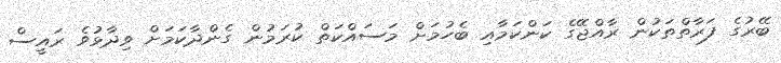
ބޭރުގެ ފަރާތްތަކުން ރާއްޖޭގެ ކަންކަމާއި ބެހުމަށް މަސައްކަތް ކުރަމުން ގެންދާކަމަށް ވިދާޅުވެ ރައީސް